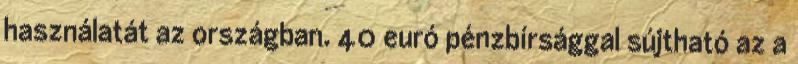
használatát az országban. 40 euró pénzbírsággal sújtható az a